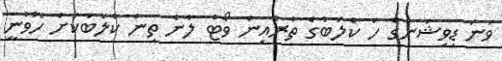
ވަނަ ޑިވިޝަނުގެ ހަ ކްލަބުގެ ތެރެއިން ވޯޓް ލާނެ ތިން ކްލަބަކަށް ހޮވުނީ